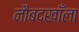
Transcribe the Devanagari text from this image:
नौबदखाँला